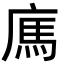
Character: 𢉿